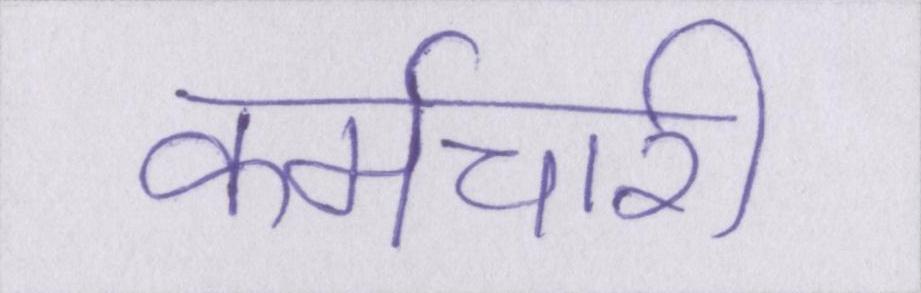
कर्मचारी